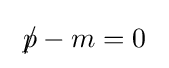
\ p\!\!\!/-m=0\